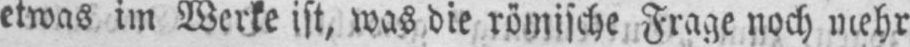
etwas im Werke ist, was die römische Frage noch mehr